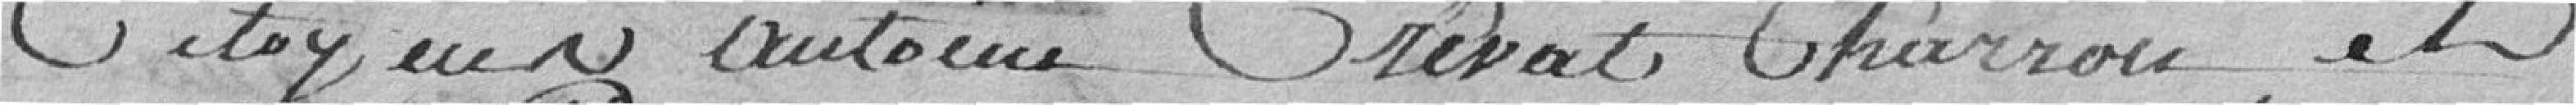
citoyens antoine Crevat, Charrou, et